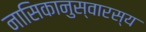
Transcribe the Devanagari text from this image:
नासिकानुस्वारस्य